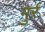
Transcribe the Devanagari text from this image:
गुर्र